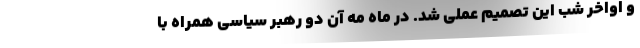
و اواخر شب این تصمیم عملی شد. در ماه مه آن دو رهبر سیاسی همراه با